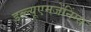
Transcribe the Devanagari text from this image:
डब्ल्यूएमजेंनिंग्स